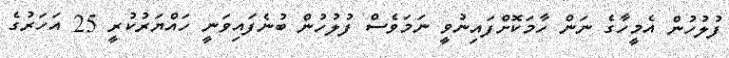
ފުލުހުން އެމީހާގެ ނަން ހާމަކޮށްފައިނުވީ ނަމަވެސް ފުލުހުން ބުނެފައިވަނީ ހައްޔަރުކުރީ 25 އަހަރުގެ